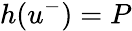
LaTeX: h(u^{-})=P